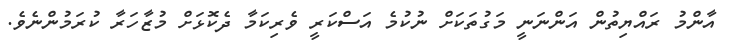
އާންމު ރައްޔިތުން އަންނަނީ މަގުތަކަށް ނުކުމެ އަސްކަރީ ވެރިކަމާ ދެކޮޅަށް މުޒާހަރާ ކުރަމުންނެވެ.